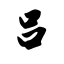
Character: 吕